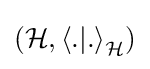
({\mathcal {H}},{\langle }.|.{\rangle }_{\mathcal {H}})